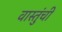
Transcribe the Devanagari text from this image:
वास्तुंची